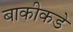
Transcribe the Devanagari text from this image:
बाकीकडे